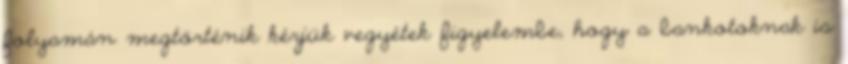
folyamán megtörténik kérjük vegyétek figyelembe, hogy a bankotoknak is